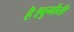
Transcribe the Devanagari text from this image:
है।चुनौती